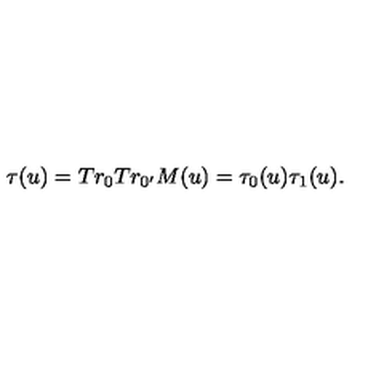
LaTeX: \tau ( u ) = T r _ { 0 } T r _ { 0 ^ { \prime } } M ( u ) = \tau _ { 0 } ( u ) \tau _ { 1 } ( u ) .